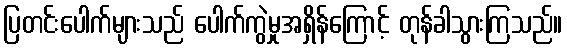
ပြတင်းပေါက်များသည် ပေါက်ကွဲမှုအရှိန်ကြောင့် တုန်ခါသွားကြသည်။